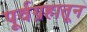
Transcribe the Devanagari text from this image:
पूर्वग्रहातून